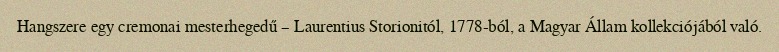
Hangszere egy cremonai mesterhegedű – Laurentius Storionitól, 1778-ból, a Magyar Állam kollekciójából való.